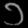
Digit: ၁